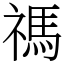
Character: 禡